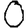
Digit: 0